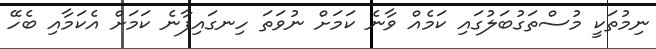
ނިމުތަކީ މުސްތަގުބަލުގައި ކަމެއް ވާނެ ކަމަށް ނުވަތަ ހިނގައިފާނެ ކަމަށް އެކަމާއި ބެހޭ